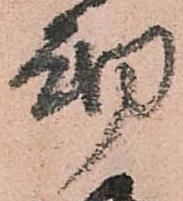
砌